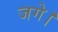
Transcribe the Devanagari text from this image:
जगे।